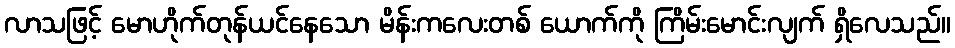
လာသဖြင့် မောဟိုက်တုန်ယင်နေသော မိန်းကလေးတစ် ယောက်ကို ကြိမ်းမောင်းလျက် ရှိလေသည်။